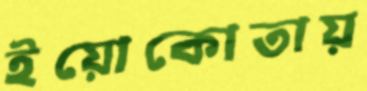
ইয়োকোতায়